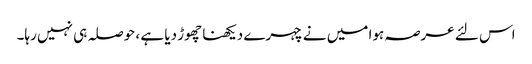
اس لئے عرصہ ہوا میں نے چہرے دیکھنا چھوڑ دیا ہے ، حوصلہ ہی نہیں رہا۔